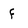
Character: f